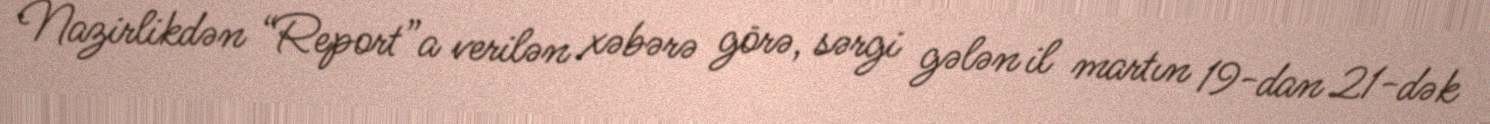
Nazirlikdən “Report”a verilən xəbərə görə, sərgi gələn il martın 19-dan 21-dək